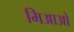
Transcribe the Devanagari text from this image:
मिआओ